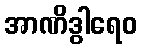
အာဏိဒွါရေဝ